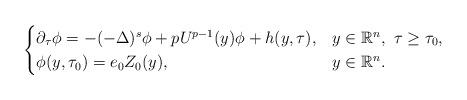
LaTeX: \begin{align*}\begin{cases}\partial_\tau\phi = -(-\Delta)^s\phi + pU^{p-1}(y)\phi + h(y,\tau), &y\in \mathbb{R}^n,~ \tau\geq \tau_0,\\\phi(y,\tau_0) = e_{0}Z_0(y), &y\in \mathbb{R}^n.\end{cases}\end{align*}